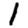
Digit: 1